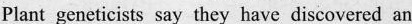
Plant geneticists say they have discovered an